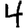
Digit: 4